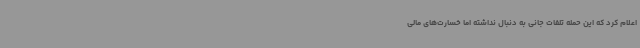
اعلام کرد که این حمله تلفات جانی به دنبال نداشته اما خسارت‌های مالی